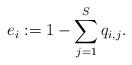
LaTeX: \begin{align*}e_i :=1- \sum_{j=1}^S q_{i,j}.\end{align*}